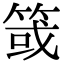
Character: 䈅